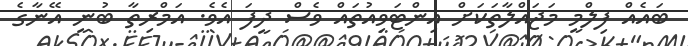
ބައެއް ފިލްމީ މަޖައްލާތަކަށް އިންޓަވިއުތައް ވެސް ދީފަ އެވެ. އަމްރިތާ ބުނީ އޭނާގެ